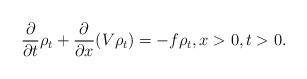
LaTeX: \begin{align*} \frac{ \partial }{ \partial t}\rho_t + \frac{ \partial }{ \partial x}(V\rho_t) = - f \rho_t,x>0,t>0 . \end{align*}